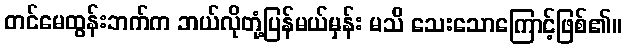
တင်မေထွန်းဘက်က ဘယ်လိုတုံ့ပြန်မယ်မှန်း မသိ သေးသောကြောင့်ဖြစ်၏။